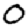
Digit: 0